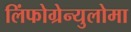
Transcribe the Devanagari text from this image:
लिंफोग्रेन्युलोमा